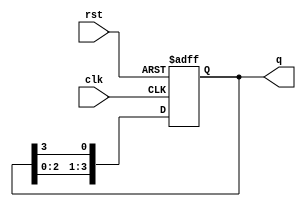
module ring_counter (
    input wire clk,       // Clock signal
    input wire rst,       // Reset signal
    output reg [3:0] q    // 4-bit output
);

    // Initial state is '1000'
    parameter INIT_STATE = 4'b1000;

    always @(posedge clk or posedge rst) begin
        if (rst) begin
            // Reset to initial state
            q <= INIT_STATE;
        end else begin
            // Ring counter logic: shift right
            q <= {q[2:0], q[3]}; // Move '1' bit around in a ring
        end
    end

endmodule